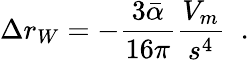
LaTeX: \Delta r_{W}=-\frac{3\bar{\alpha}}{16\pi}\frac{V_{m}}{s^{4}}\; \; .